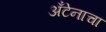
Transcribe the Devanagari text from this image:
अँटेनाचा